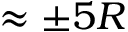
\approx \pm 5 R